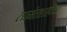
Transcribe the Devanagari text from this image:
सामंतशाहीवर